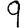
Digit: 9